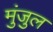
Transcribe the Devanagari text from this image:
मुंजुल